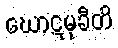
ဃောဋမုခီတိ